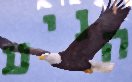
הניע